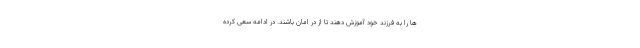
ها را به فرزند خود آموزش دهند تا از در امان باشند. در ادامه سعی کرده